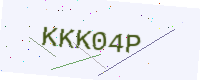
Text: KKK04P